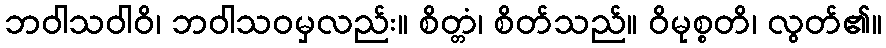
ဘဝါသဝါဝိ၊ ဘဝါသဝမှလည်း။ စိတ္တံ၊ စိတ်သည်။ ဝိမုစ္စတိ၊ လွတ်၏။